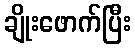
ချိုးဖောက်ပြီး